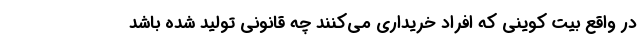
در واقع بیت کوینی که افراد خریداری می‌کنند چه قانونی تولید شده باشد